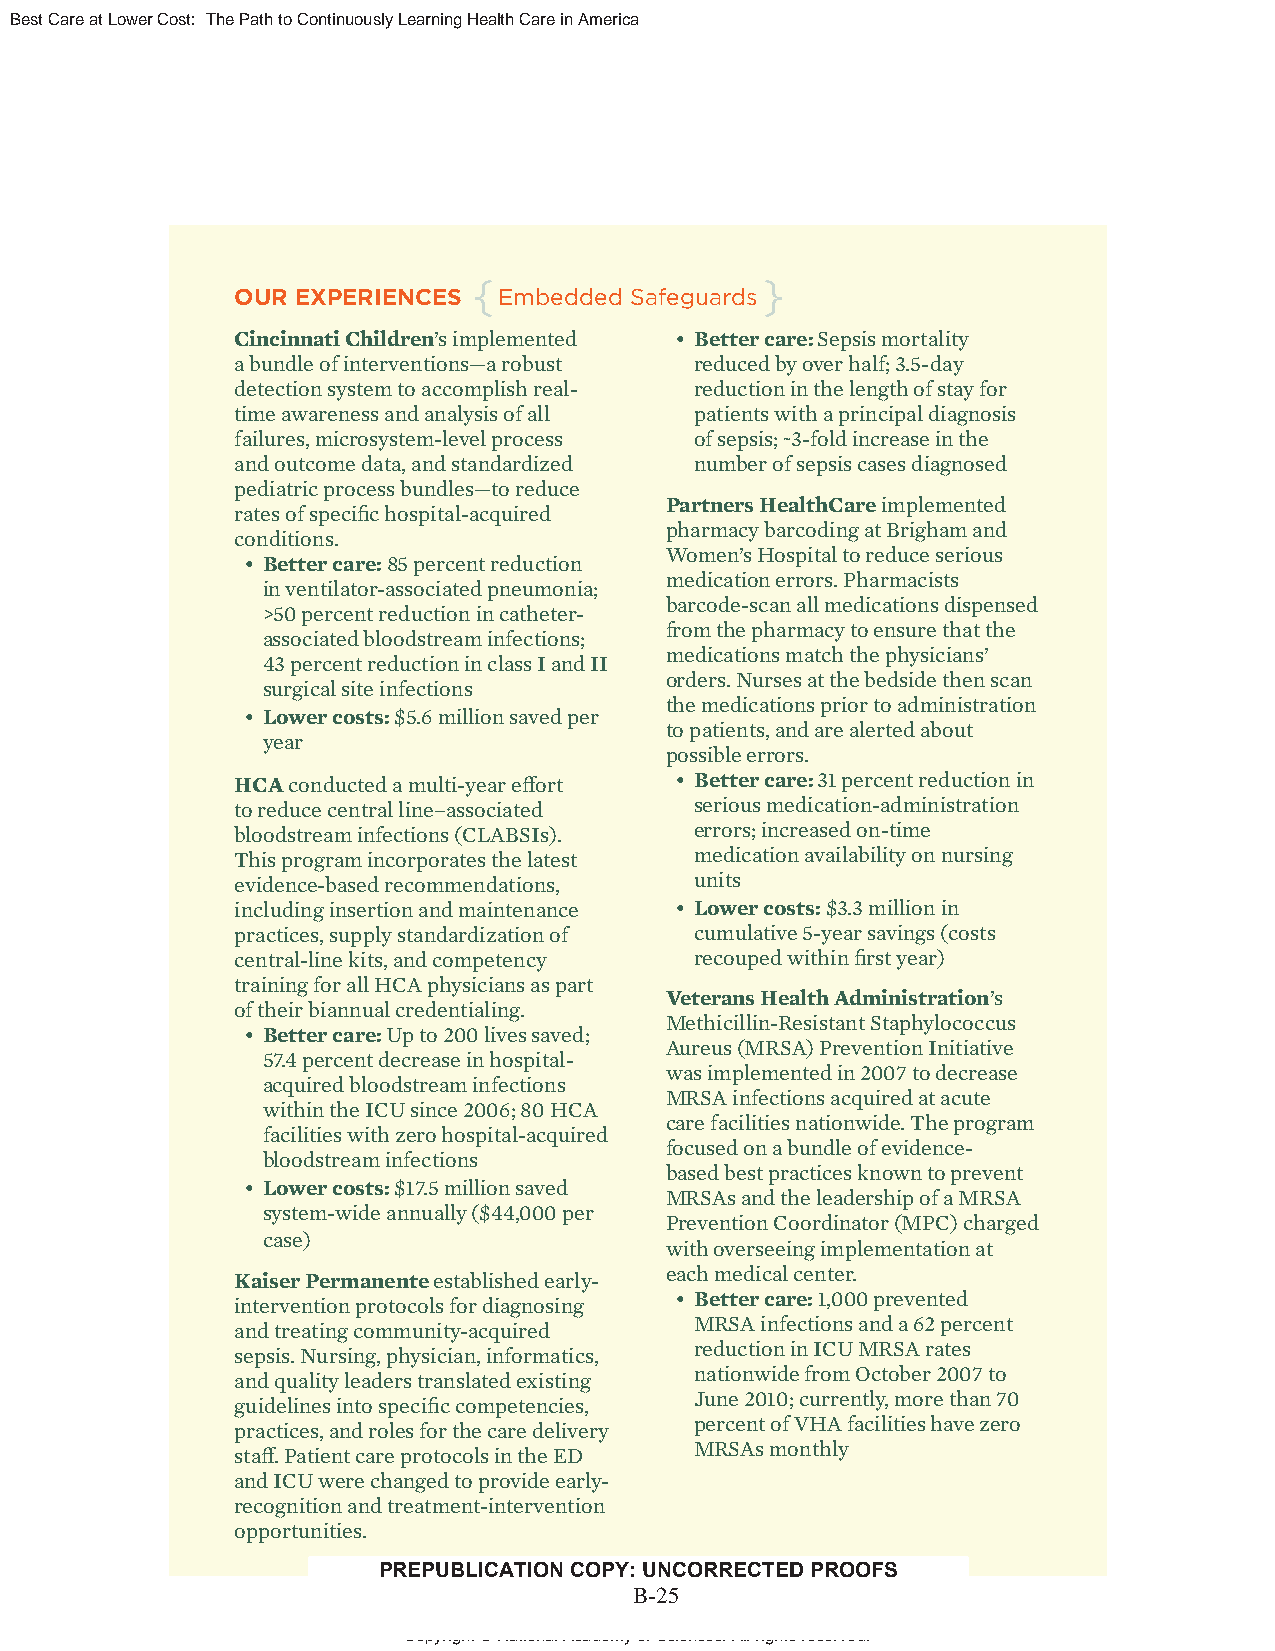
Best Care at Lower Cost: The Path to Continuously Learning Health Care in America
 {                   }
 OUR EXPERIENCES  Embedded Safeguards
 Cincinnati Children’s implemented • Better care: Sepsis mortality
 a bundle of interventions—a robust reduced by over half; 3.5-day
 detection system to accomplish real- reduction in the length of stay for
 time awareness and analysis of all patients with a principal diagnosis
 failures, microsystem-level process of sepsis; ~3-fold increase in the
 and outcome data, and standardized number of sepsis cases diagnosed
 pediatric process bundles—to reduce
 Partners HealthCare implemented
 rates of specifi c hospital-acquired
 pharmacy barcoding at Brigham and
 conditions.
 Women’s Hospital to reduce serious
 • Better care: 85 percent reduction
 medication errors. Pharmacists
 in ventilator-associated pneumonia;
 barcode-scan all medications dispensed
 >50 percent reduction in catheter-
 from the pharmacy to ensure that the
 associated bloodstream infections;
 medications match the physicians’
 43 percent reduction in class I and II
 orders. Nurses at the bedside then scan
 surgical site infections
 the medications prior to administration
 • Lower costs: $5.6 million saved per
 to patients, and are alerted about
 year
 possible errors.
 HCA conducted a multi-year eff ort • Better care: 31 percent reduction in
 to reduce central line–associated serious medication-administration
 bloodstream infections (CLABSIs). errors; increased on-time
 This program incorporates the latest medication availability on nursing
 evidence-based recommendations, units
 including insertion and maintenance • Lower costs: $3.3 million in
 practices, supply standardization of cumulative 5-year savings (costs
 central-line kits, and competency recouped within fi rst year)
 training for all HCA physicians as part
 Veterans Health Administration’s
 of their biannual credentialing.
 Methicillin-Resistant Staphylococcus
 • Better care: Up to 200 lives saved;
 Aureus (MRSA) Prevention Initiative
 57.4 percent decrease in hospital-
 was implemented in 2007 to decrease
 acquired bloodstream infections
 MRSA infections acquired at acute
 within the ICU since 2006; 80 HCA
 care facilities nationwide. The program
 facilities with zero hospital-acquired
 focused on a bundle of evidence-
 bloodstream infections
 based best practices known to prevent
 • Lower costs: $17.5 million saved
 MRSAs and the leadership of a MRSA
 system-wide annually ($44,000 per
 Prevention Coordinator (MPC) charged
 case)
 with overseeing implementation at
 Kaiser Permanente established early- each medical center.
 • Better care: 1,000 prevented
 intervention protocols for diagnosing
 MRSA infections and a 62 percent
 and treating community-acquired
 reduction in ICU MRSA rates
 sepsis. Nursing, physician, informatics,
 nationwide from October 2007 to
 and quality leaders translated existing
 June 2010; currently, more than 70
 guidelines into specifi c competencies,
 percent of VHA facilities have zero
 practices, and roles for the care delivery
 MRSAs monthly
 staff . Patient care protocols in the ED
 and ICU were changed to provide early-
 recognition and treatment-intervention
 opportunities.
 PREPUBLICATION COPY: UNCORRECTED PROOFS
 B-25
 23
 Copyright © National Academy of Sciences. All rights reserved.